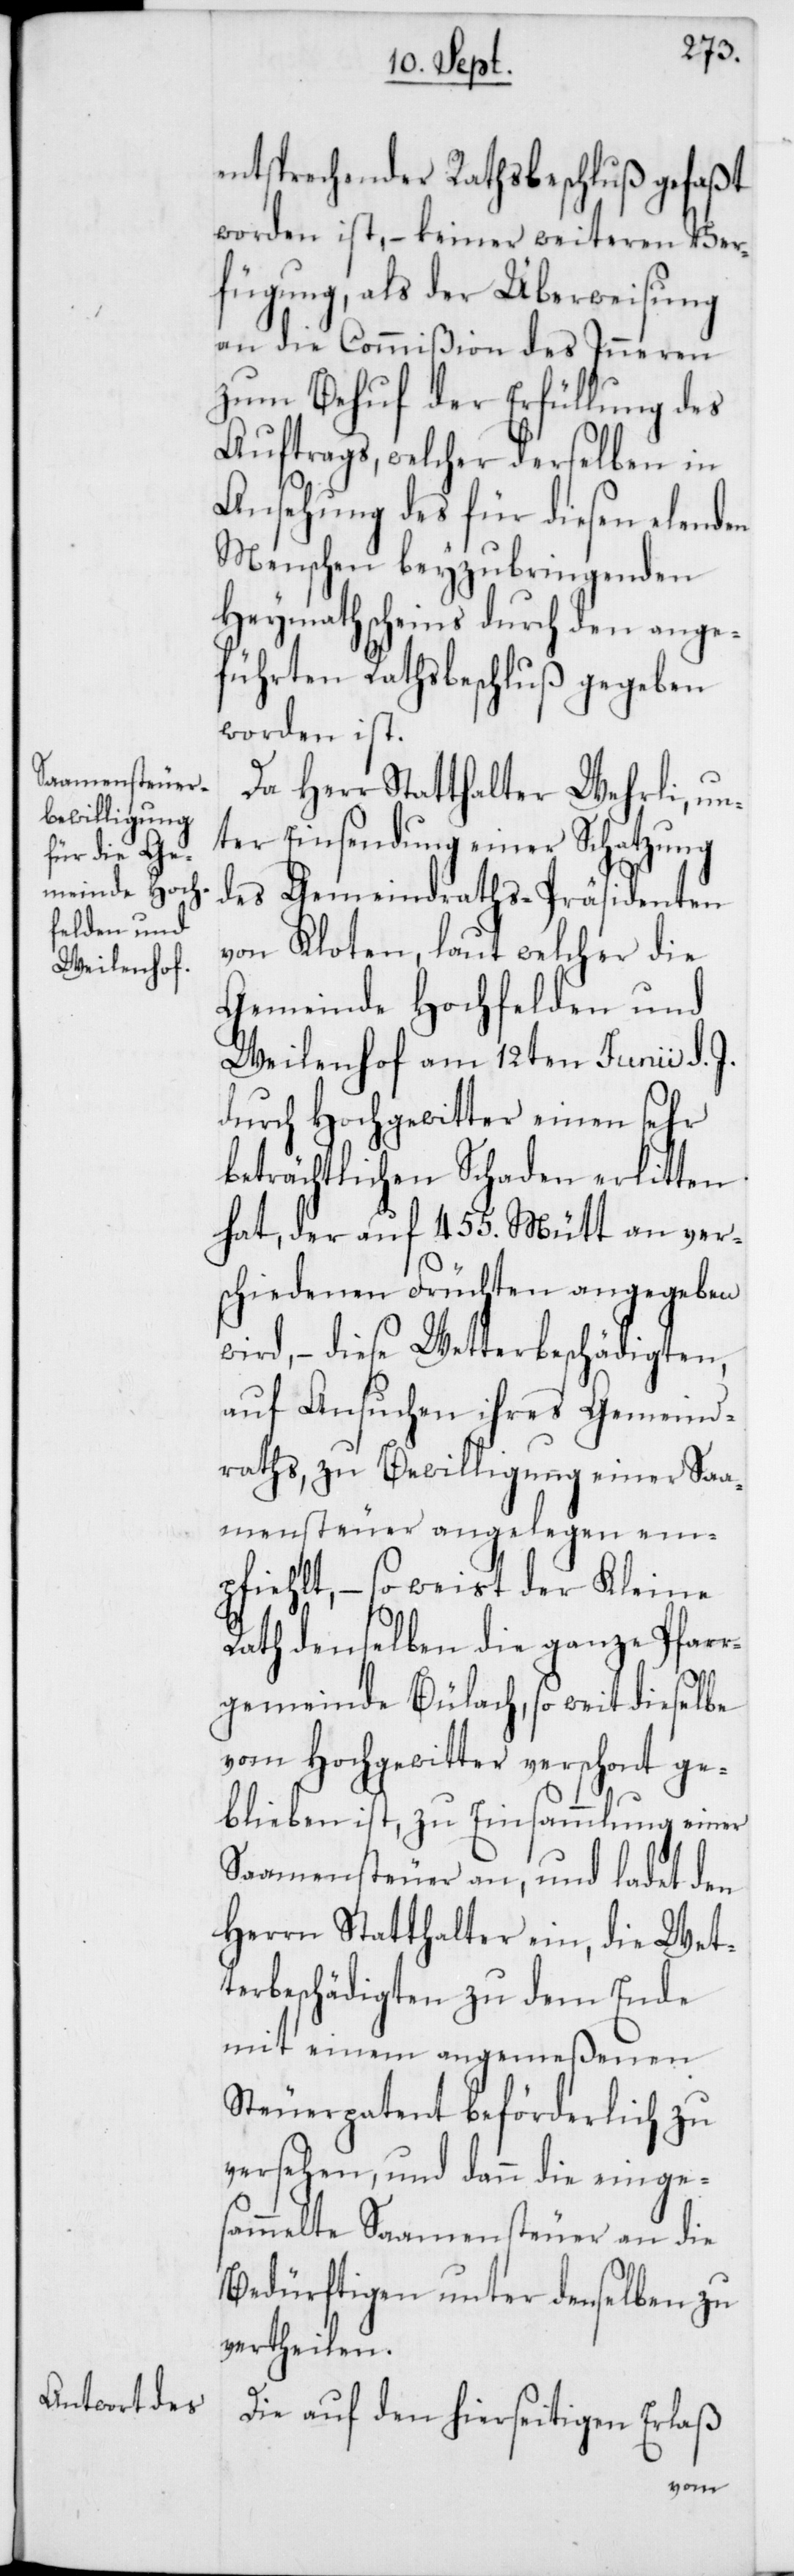
entsprechender Rathsbeschluß gefaßt
worden ist, – keiner weiteren Ver¬
fügung, als der Überweisung
an die Commißion des Inneren
zum Behuf der Erfüllung des
Auftrags, welcher derselben in
Ansehung des für diesen elenden
Menschen beyzubringenden
Heymathscheins durch den ange¬
führten Rathsbeschluß gegeben
worden ist.
Da Herr Statthalter Wehrli, un¬
ter Einsendung einer Schatzung
des Gemeindraths-Präsidenten
von Kloten, laut welcher die
Gemeinde Hochfelden und
Weilenhof am 12ten Junii d. J.
durch Hochgewitter einen sehr
beträchtlichen Schaden erlitten
hat, der auf 455. Mütt an ver¬
schiedenen Früchten angegeben
wird, – diese Wetterbeschädigten,
auf Ansuchen ihres Gemeind¬
raths, zu Bewilligung einer Saa¬
mensteuer angelegen em¬
pfiehlt, – so weist der Kleine
Rath denselben die Ganze Pfarr¬
gemeinde Bülach, so weit dieselbe
vom Hochgewitter verschont ge¬
blieben ist, zu Einsammlung einer
Saamensteuer an, und ladet den
Herrn Statthalter ein, die Wet¬
terbeschädigten zu dem Ende
mit einem angemeßenen
Steuerpatent beförderlich zu
versehen, und dann die einge¬
sammelte Saamensteuer an die
Bedürftigen unter denselben zu
vertheilen.
Die auf den hierseitigen Erlaß